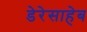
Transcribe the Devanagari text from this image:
डेरेसाहेब